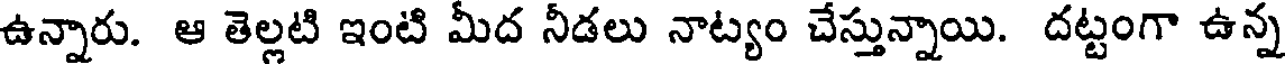
ఉన్నారు. ఆ తెల్లటి ఇంటి మీద నీడలు నాట్యం చేస్తున్నాయి. దట్టంగా ఉన్న